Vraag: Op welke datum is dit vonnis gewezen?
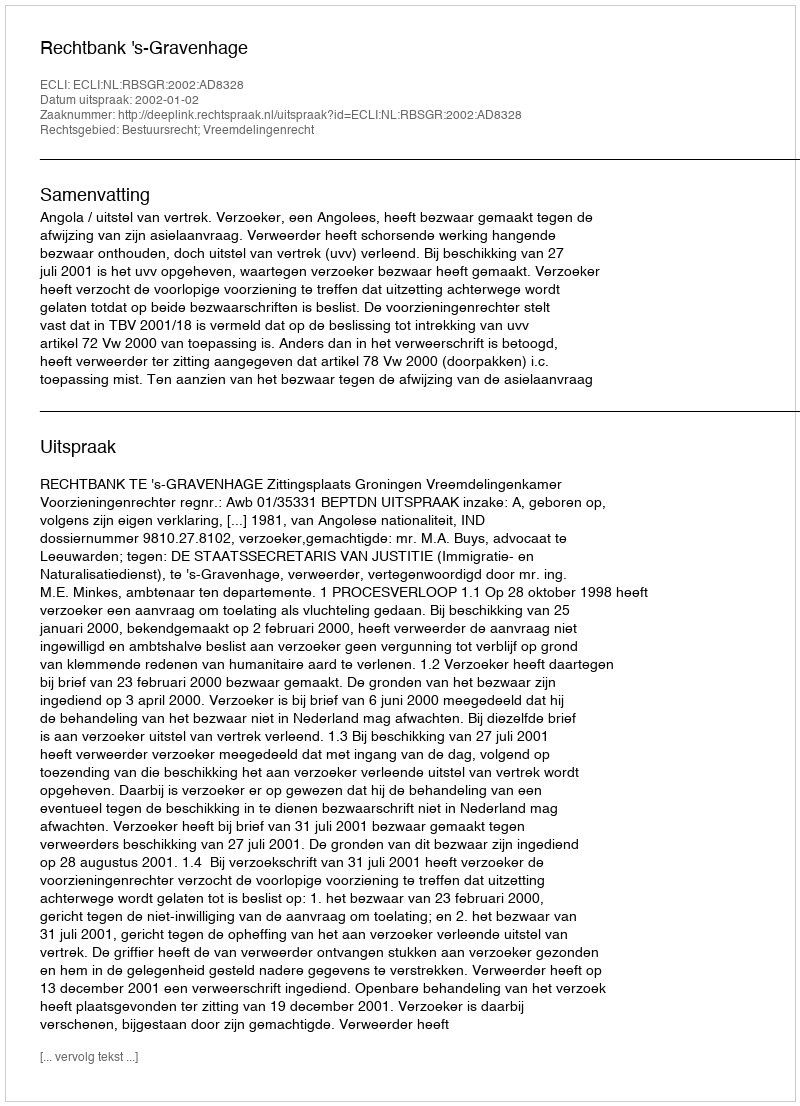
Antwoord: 2002-01-02